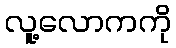
လူ့လောကကို